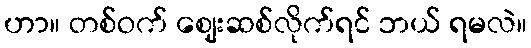
ဟာ။ တစ်ဝက် ဈေးဆစ်လိုက်ရင် ဘယ် ရမလဲ။